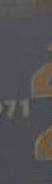
.